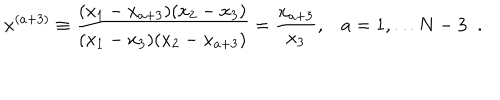
x ^ { ( a + 3 ) } \equiv \frac { ( x _ { 1 } - x _ { a + 3 } ) ( x _ { 2 } - x _ { 3 } ) } { ( x _ { 1 } - x _ { 3 } ) ( x _ { 2 } - x _ { a + 3 } ) } = \frac { x _ { a + 3 } } { x _ { 3 } } , a = 1 , \ldots N - 3 \; \; .